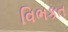
વિભકત